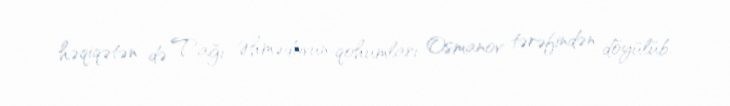
həqiqətən də Tağı Əhmədovun qohumları Osmanov tərəfindən döyülüb.